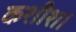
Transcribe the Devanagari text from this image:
कशीश।